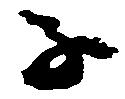
子